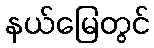
နယ်မြေတွင်